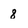
Character: 8